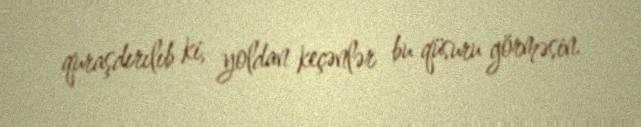
quraşdırılıb ki, yoldan keçənlər bu qüsuru görməsin.